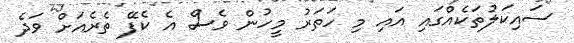
ސައިކަލުތަކެއްގައި އައި މި ހަތަރު މީހުން ވެސް އެ ކެފޭ ތެރެއަށް ވަދެ